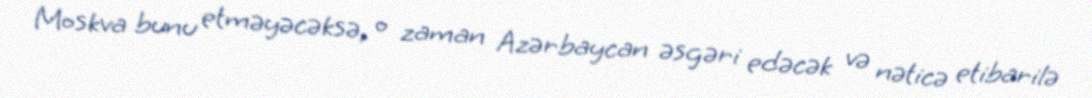
Moskva bunu etməyəcəksə, o zaman Azərbaycan əsgəri edəcək və nəticə etibarilə